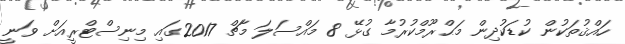
ހައްޤުތަކުން ކުޑަކުދިން މަޙްރޫމްކުރުމާ ގުޅޭ 8 މައްސަލަ މާޗް 2017ގައި މިނިސްޓްރީއަށް ވަނީ